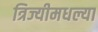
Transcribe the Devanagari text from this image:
त्रिज्यीमधल्या